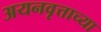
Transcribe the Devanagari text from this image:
अयनवृत्ताच्या